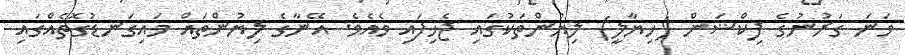
ވަނަ ގަރުނުގެ ފިކްޝަން (ހިޔާލީ) ލިޔުންތަކުގައި ޖެހިފައި ވެއެވެ. އޭނާގެ ލިޔުންތައް މައިގަނޑުގޮތެއްގައި